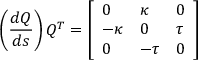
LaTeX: \left( { \frac { d Q } { d s } } \right) Q ^ { T } = \left[ { \begin{array} { l l l } { 0 } & { \kappa } & { 0 } \\ { - \kappa } & { 0 } & { \tau } \\ { 0 } & { - \tau } & { 0 } \end{array} } \right]